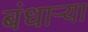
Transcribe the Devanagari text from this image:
बंधाऱ्या